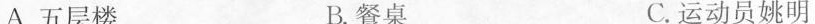
A.五层楼 B.餐桌 C.运动员姚明